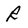
Character: R